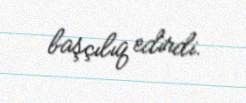
başçılıq edirdi.